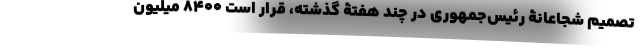
تصمیم شجاعانۀ رئیس‌جمهوری در چند هفتۀ گذشته، قرار است ۸۴۰۰ میلیون